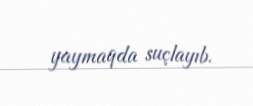
yaymaqda suçlayıb.